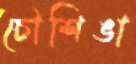
চৌশিঙা